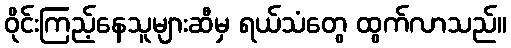
ဝိုင်းကြည့်နေသူများဆီမှ ရယ်သံတွေ ထွက်လာသည်။